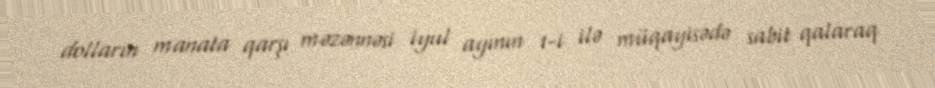
dolların manata qarşı məzənnəsi iyul ayının 1-i ilə müqayisədə sabit qalaraq